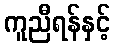
ကူညီရန်နှင့်